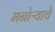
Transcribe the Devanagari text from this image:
मनोऱ्याचे